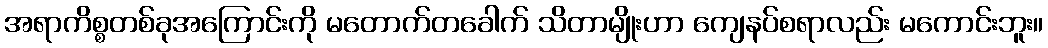
အရာကိစ္စတစ်ခုအကြောင်းကို မတောက်တခေါက် သိတာမျိုးဟာ ကျေနပ်စရာလည်း မကောင်းဘူး။